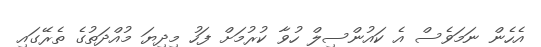
އެހެން ނަމަވެސް އެ ކައުންސިލް ހުވާ ކުރުމަށް ފަހު މިދިޔަ މުއްދަތުގެ ތެރޭގައި